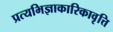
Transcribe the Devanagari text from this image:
प्रत्यभिज्ञाकारिकावृत्ति